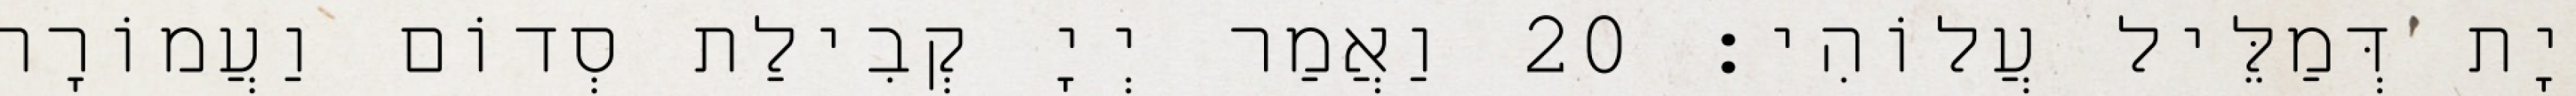
יָת דְּמַלֵּיל עֲלוֹהִי׃ 20 וַאֲמַר יְיָ קְבִילַת סְדוֹם וַעֲמוֹרָה